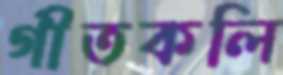
গীতকলি